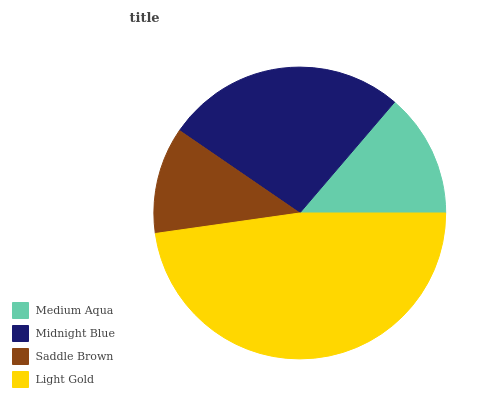
| Medium Aqua | Midnight Blue | Saddle Brown | Light Gold |
 | --- | --- | --- | --- |
 | 13.7% | 26.7% | 11.8% | 47.7% |